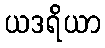
ယဒရိယာ